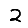
Digit: 2